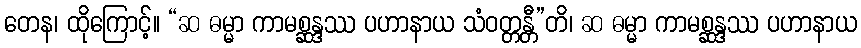
တေန၊ ထိုကြောင့်။ “ဆ ဓမ္မာ ကာမစ္ဆန္ဒဿ ပဟာနာယ သံဝတ္တန္တီ”တိ၊ ဆ ဓမ္မာ ကာမစ္ဆန္ဒဿ ပဟာနာယ